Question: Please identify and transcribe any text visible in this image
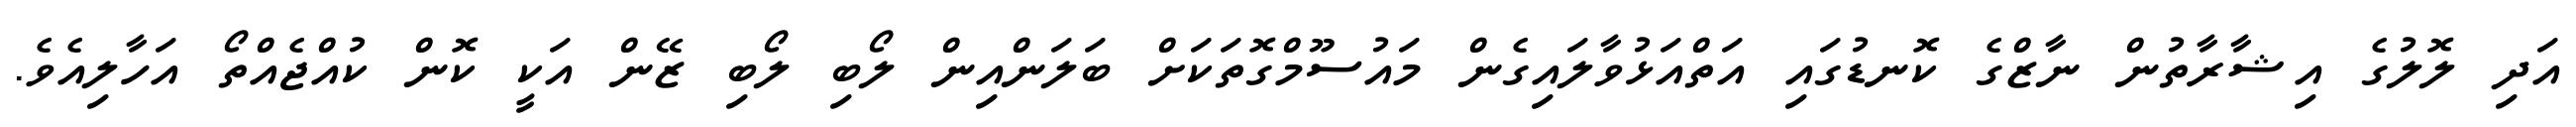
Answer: އަދި ލޮލުގެ އިޝާރާތުން ނާޒްގެ ކޮނޑުގައި އަތްއަޅުވާލައިގެން މައުސޫމްގޮތަކަށް ބަލަންއިން ލޯބި ލޯބި ޒޭން އަކީ ކޮން ކުއްޖެއްތޯ އަހާލިއެވެ.